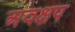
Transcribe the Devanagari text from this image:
अवक्षप